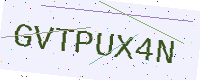
Text: GVTPUX4N